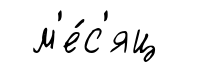
м'е́с'яц